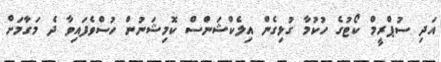
އަދި ސުޕްރީމް ކޯޓުގެ ހުކުމާ ގުޅިގެން އިލެކްޝަންސް ކޮމިޝަނުން ހުސްވެފައިވާ ދެ މަގާމަށް